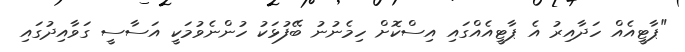
"ޕާޓީއެއް ހަދާއިރު އެ ޕާޓީއެއްގައި އިސްކޮށް ހިމެނުނު ބޭފުޅަކު ހުންނެވުމަކީ އަސާސީ ގަވާއިދުގައި